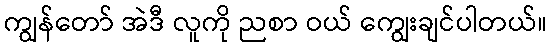
ကျွန်တော် အဲဒီ လူကို ညစာ ဝယ် ကျွေးချင်ပါတယ်။